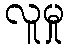
လူမှု